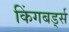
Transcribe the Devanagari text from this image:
किंगबर्ड्स